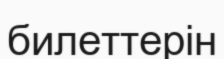
билеттерін